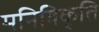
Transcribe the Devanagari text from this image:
मनिविकृति